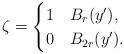
LaTeX: \begin{align*}\zeta= \begin{cases}1 & B_{r}(y'), \\0 & B_{2r}(y').\end{cases}\end{align*}